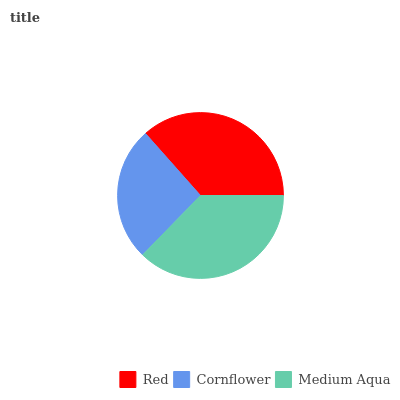
| Red | Cornflower | Medium Aqua |
 | --- | --- | --- |
 | 36.6% | 26.1% | 37.3% |